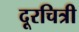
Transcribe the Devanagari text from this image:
दूरचित्री